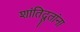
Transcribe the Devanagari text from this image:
शांतिदूतांना